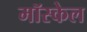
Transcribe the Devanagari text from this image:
मॉस्केल